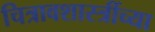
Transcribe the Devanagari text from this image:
चित्रावशास्त्रींच्या